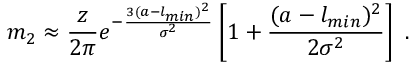
m _ { 2 } \approx \frac { z } { 2 \pi } e ^ { - \frac { 3 ( a - l _ { m i n } ) ^ { 2 } } { \sigma ^ { 2 } } } \left[ 1 + \frac { ( a - l _ { m i n } ) ^ { 2 } } { 2 \sigma ^ { 2 } } \right] \ .